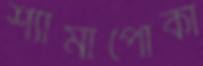
শ্যামাপোকা